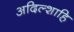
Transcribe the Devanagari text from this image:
अदिल्शाहि